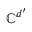
{ \mathbb C } ^ { d ^ { \prime } }